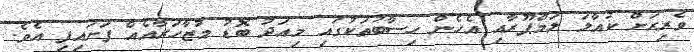
ވެރިރަށް ކުއާލަ ލަމްޕޫރާއި އެހެން ހިސާބުތަކުގައި މިއަދު ބޮޑު މުޒާހަރާއެއް ފަށައިފި އެވެ.